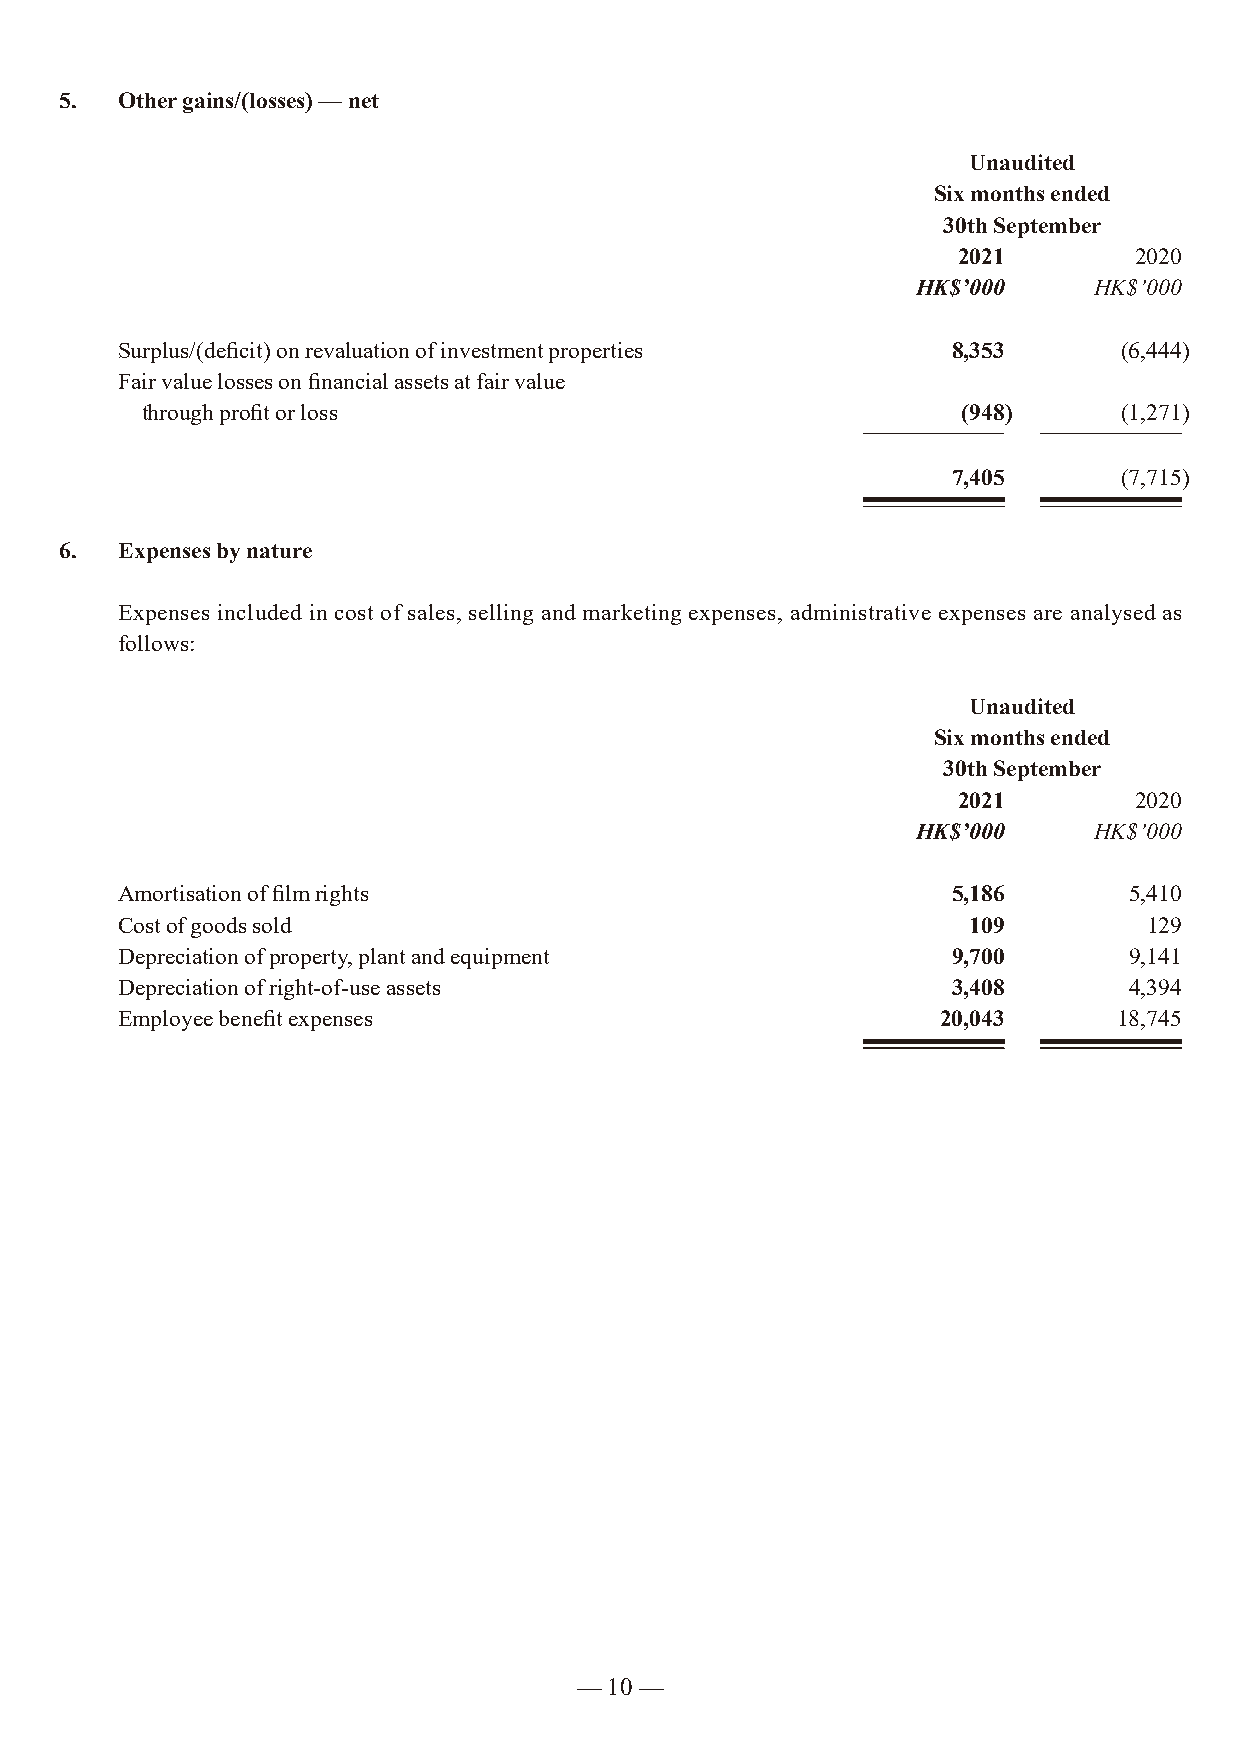
5.  Other gains/(losses) — net
 Unaudited
 Six months ended
 30th September
 2021        2020
 HK$’000    HK$’000
 Surplus/(deficit) on revaluation of investment properties 8,353   (6,444)
 Fair value losses on financial assets at fair value
 through profit or loss                                 (948)     (1,271)
 7,405      (7,715)
 6.  Expenses by nature
 Expenses included in cost of sales, selling and marketing expenses, administrative expenses are analysed as
 follows:
 Unaudited
 Six months ended
 30th September
 2021        2020
 HK$’000    HK$’000
 Amortisation of film rights                            5,186       5,410
 Cost of goods sold                                      109         129
 Depreciation of property, plant and equipment          9,700       9,141
 Depreciation of right-of-use assets                    3,408       4,394
 Employee benefit expenses                             20,043      18,745
 — 10 —